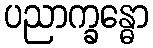
ပညာက္ခန္ဓော